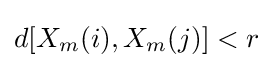
d[X_{m}(i),X_{m}(j)]<r